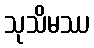
သုသိမဿ